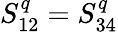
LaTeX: S_{12}^{q}=S_{34}^{q}